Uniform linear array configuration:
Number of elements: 32
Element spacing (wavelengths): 1
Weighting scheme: hann
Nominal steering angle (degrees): -45
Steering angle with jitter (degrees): -46.679
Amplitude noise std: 0.05
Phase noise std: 0.05

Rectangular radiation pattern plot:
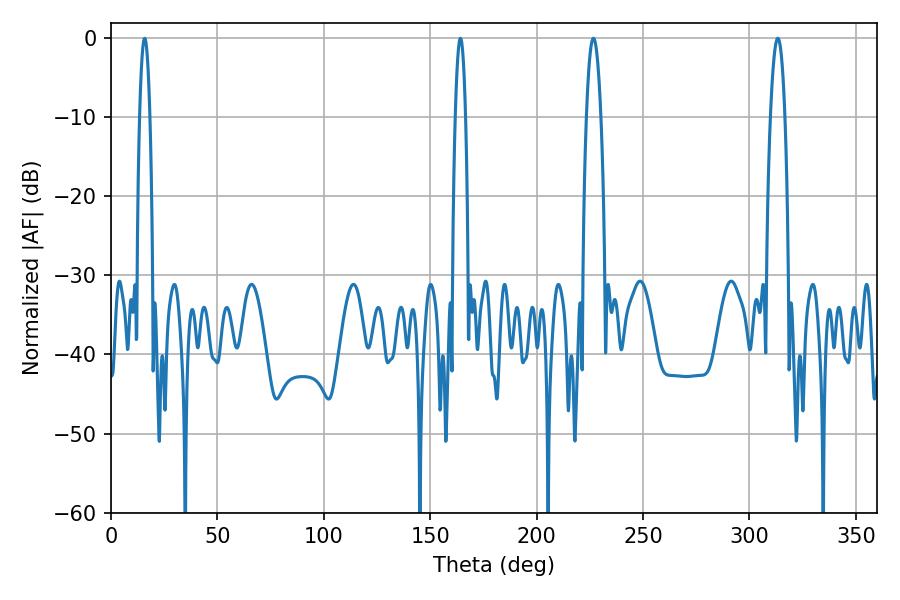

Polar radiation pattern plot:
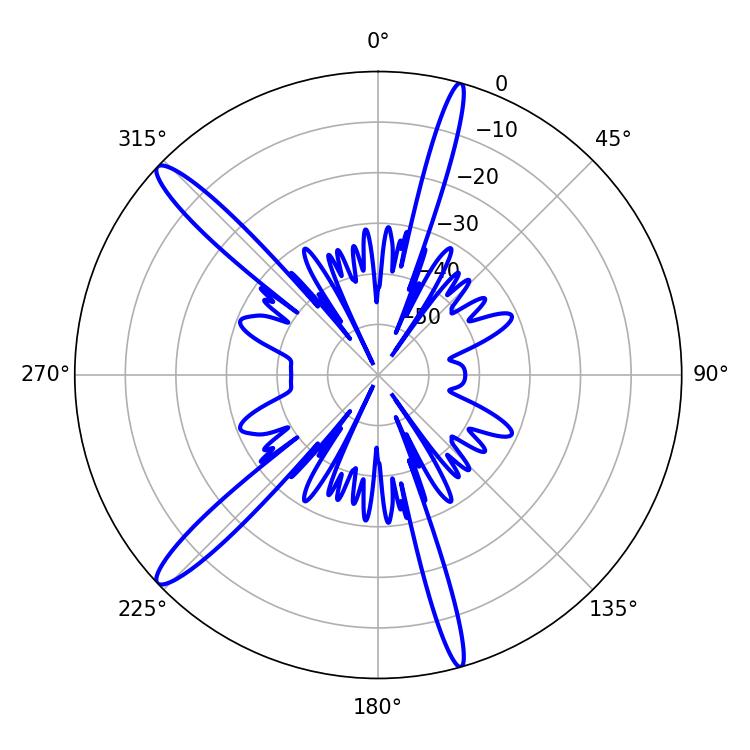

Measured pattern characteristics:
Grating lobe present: TRUE
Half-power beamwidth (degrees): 2.52
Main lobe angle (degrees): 164.16